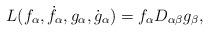
LaTeX: \begin{align*}L(f_{\alpha },\dot{f}_{\alpha },g_{\alpha },\dot{g}_{\alpha })=f_{\alpha }D_{\alpha \beta }g_{\beta },\end{align*}